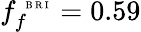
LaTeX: f_{f}^{\mathrm{~\tiny~B~R~I~}}=0.59